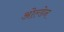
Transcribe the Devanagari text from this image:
ओल्डेन